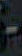
-